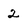
Character: 2